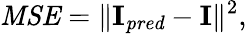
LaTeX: \mathit{MSE}=\| \mathbf{I}_{\mathit{pred}}-\mathbf{I}\| ^{2},